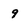
Character: 9